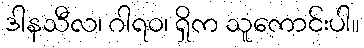
ဒါနသီလ၊ ဂါရဝ၊ ရှိက သူကောင်းပါ။